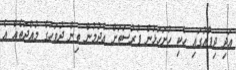
އަދި ދިފާއުގައި ހެކި ހުށަހަޅަން ފުރުސަތަށް އެދުމުން ތިން ދުވަހުގެ މުއްދަތެއް އެ